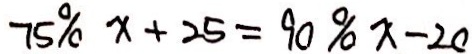
7 5 \% x + 2 5 = 9 0 \% x - 2 0